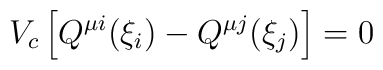
V_c\left[ Q^{\mu i}(\xi _i)-Q^{\mu j}(\xi _j)\right] =0